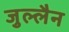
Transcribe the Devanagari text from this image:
जुल्लैन